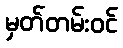
မှတ်တမ်းဝင်